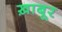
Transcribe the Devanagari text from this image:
ख़ाबूर